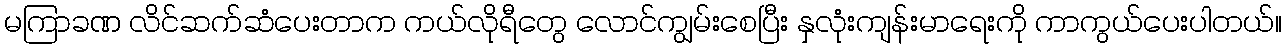
မကြာခဏ လိင်ဆက်ဆံပေးတာက ကယ်လိုရီတွေ လောင်ကျွမ်းစေပြီး နှလုံးကျန်းမာရေးကို ကာကွယ်ပေးပါတယ်။